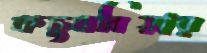
কচুবনিয়ার